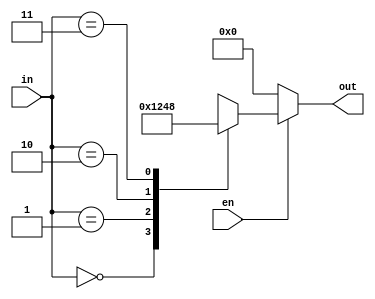
`timescale 1ns / 1ps
//////////////////////////////////////////////////////////////////////////////////
// Company: 
// Engineer: 
// 
// Design Name: 
// Module Name: decoder2x4_casez
// Project Name: 
// Target Devices: 
// Tool Versions: 
// Description: 
// 
// Dependencies: 
// 
// Revision:
// Revision 0.01 - File Created
// Additional Comments:
// 
//////////////////////////////////////////////////////////////////////////////////


module decoder2x4_casez(input[1:0]in,input en,output reg[3:0]out);
always @ ( in or en)
	begin
      if (en)
      begin
out=4'b0001;
casez(in)
2'b00:out=4'b0001;
2'b01:out=4'b0010;
2'b10:out=4'b0100;
2'b11:out=4'b1000;
2'b??:out=4'b0000;
endcase
end
else 
out=2'd0;
end
endmodule